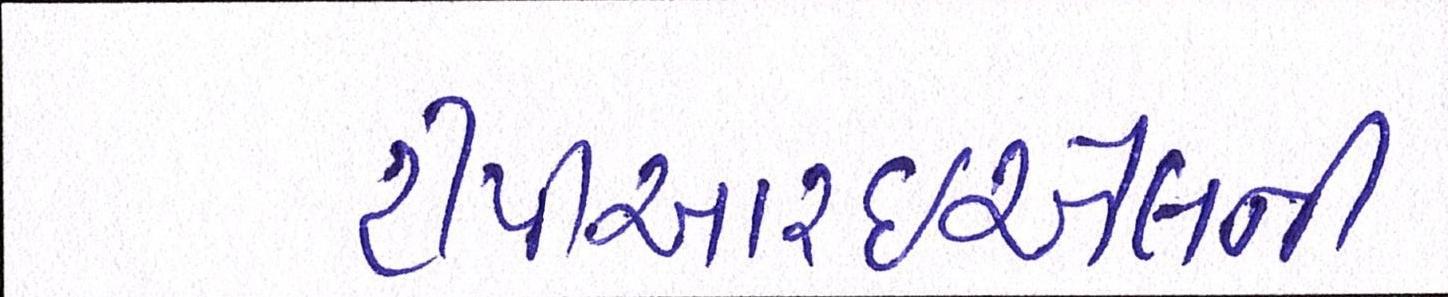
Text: ટીપીઆરઇએલની